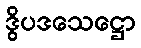
ဒွိပဒသေဋ္ဌော